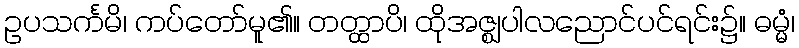
ဥပသင်္ကမိ၊ ကပ်တော်မူ၏။ တတ္ထာပိ၊ ထိုအဇ္ဈပါလညောင်ပင်ရင်း၌။ ဓမ္မံ၊